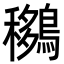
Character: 𪅨